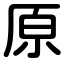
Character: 原